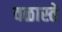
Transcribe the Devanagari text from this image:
वळास्ते